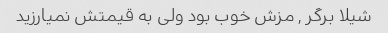
شیلا برگر , مزش خوب بود ولی به قیمتش نمیارزید